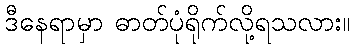
ဒီနေရာမှာ ဓာတ်ပုံရိုက်လို့ရသလား။